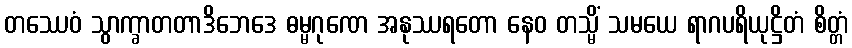
တဿေဝံ သွာက္ခာတတာဒိဘေဒေ ဓမ္မဂုဏေ အနုဿရတော နေဝ တသ္မိံ သမယေ ရာဂပရိယုဋ္ဌိတံ စိတ္တံ